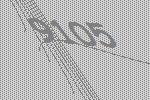
9105